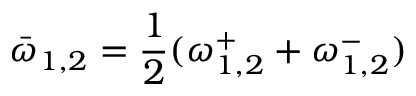
\bar { \omega } _ { 1 , 2 } = \frac { 1 } { 2 } ( \omega _ { 1 , 2 } ^ { + } + \omega _ { 1 , 2 } ^ { - } )